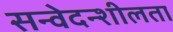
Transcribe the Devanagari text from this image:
सन्वेदन्शीलता